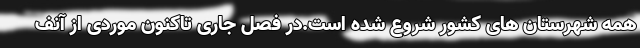
همه شهرستان های کشور شروع شده است.در فصل جاری تاکنون موردی از آنف